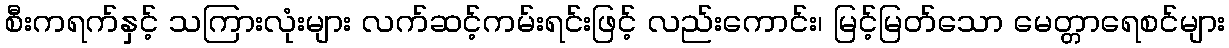
စီးကရက်နှင့် သကြားလုံးများ လက်ဆင့်ကမ်းရင်းဖြင့် လည်းကောင်း၊ မြင့်မြတ်သော မေတ္တာရေစင်များ